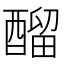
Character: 𨢇